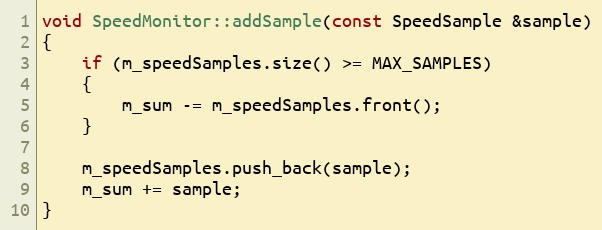
Language: C++
void SpeedMonitor::addSample(const SpeedSample &sample)
{
    if (m_speedSamples.size() >= MAX_SAMPLES)
    {
        m_sum -= m_speedSamples.front();
    }

    m_speedSamples.push_back(sample);
    m_sum += sample;
}